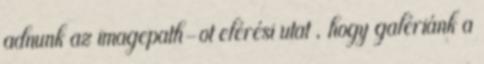
adnunk az imagepath-ot elérési utat , hogy galériánk a